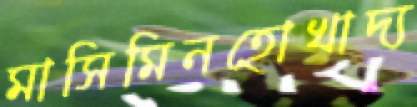
মাসিমিনহোখাদ্য